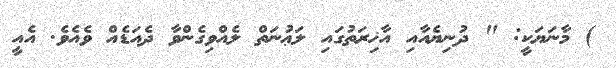
) މާނަޔަކީ: " ދުނިޔެއާއި އާޚިރަތުގައި ލަޢުނަތް ލެއްވިގެންވާ ދެއަޑެއް ވެއެވެ. އެއީ